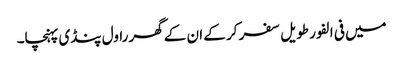
میں فی الفور طویل سفر کر کے ان کے گھر راول پنڈی پہنچا۔